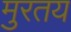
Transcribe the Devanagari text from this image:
मुरतय